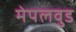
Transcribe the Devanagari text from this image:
मेपलवुड